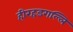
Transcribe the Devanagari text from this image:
हीरहडगल्लि